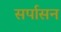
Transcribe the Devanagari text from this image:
सर्पासन